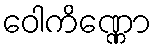
ဝေါကိဏ္ဏော